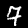
Label: 7